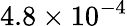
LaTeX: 4.8\times 10^{-4}